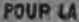
POUP LA